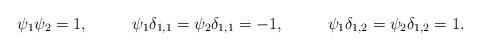
LaTeX: \begin{align*} \psi_1\psi_2 &= 1, & \psi_1\delta_{1,1} = \psi_2\delta_{1,1}& = -1, & \psi_1\delta_{1,2} = \psi_2\delta_{1,2} &= 1. \end{align*}